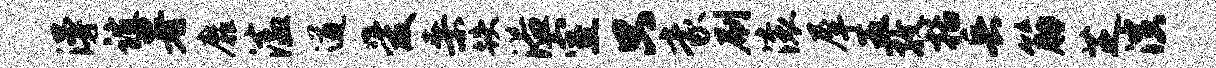
漫谊署靡溘遒爱桑跌溢室只豪刷滚犀五孜括兵筋芝演